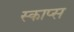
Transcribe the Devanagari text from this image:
स्काप्स